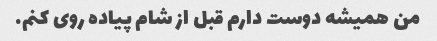
من همیشه دوست دارم قبل از شام پیاده روی کنم.